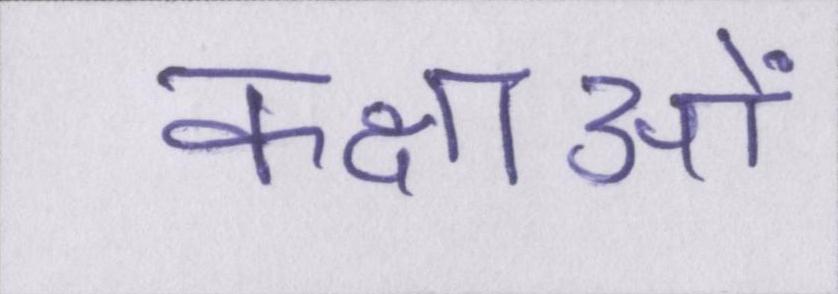
कक्षाओं